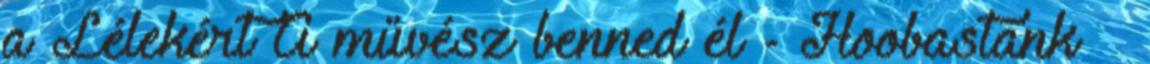
a Lélekért A művész benned él - Hoobastank –